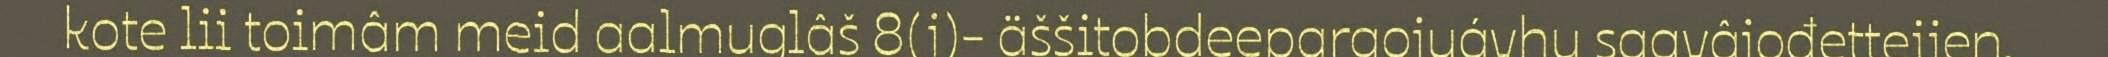
kote lii toimâm meid aalmuglâš 8(j)- äššitobdeepargojuávhu saavâjođetteijen.